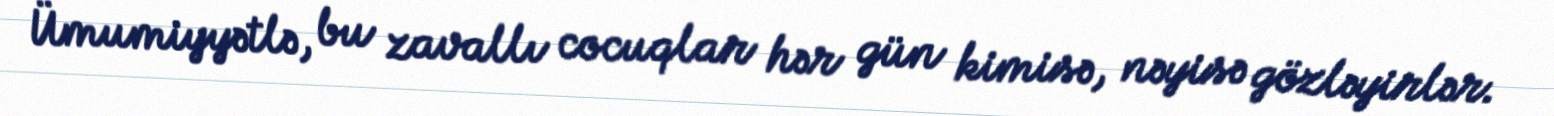
Ümumiyyətlə, bu zavallı cocuqlar hər gün kimisə, nəyisə gözləyirlər.